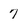
Character: 7